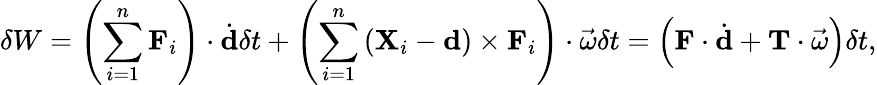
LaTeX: \delta W=\left(\sum_{i=1}^{n}\mathbf{F}_{i}\right)\cdot{\dot{\mathbf{d}}}\delta t+\left(\sum_{i=1}^{n}\left(\mathbf{X}_{i}-\mathbf{d}\right)\times\mathbf{F}_{i}\right)\cdot{\vec{\omega}}\delta t=\left(\mathbf{F}\cdot{\dot{\mathbf{d}}}+\mathbf{T}\cdot{\vec{\omega}}\right)\delta t,